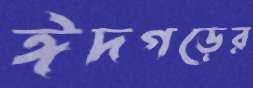
ঈদগড়ের